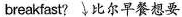
breakfast? 比尔早餐想要